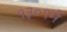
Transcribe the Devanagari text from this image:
१३०१में